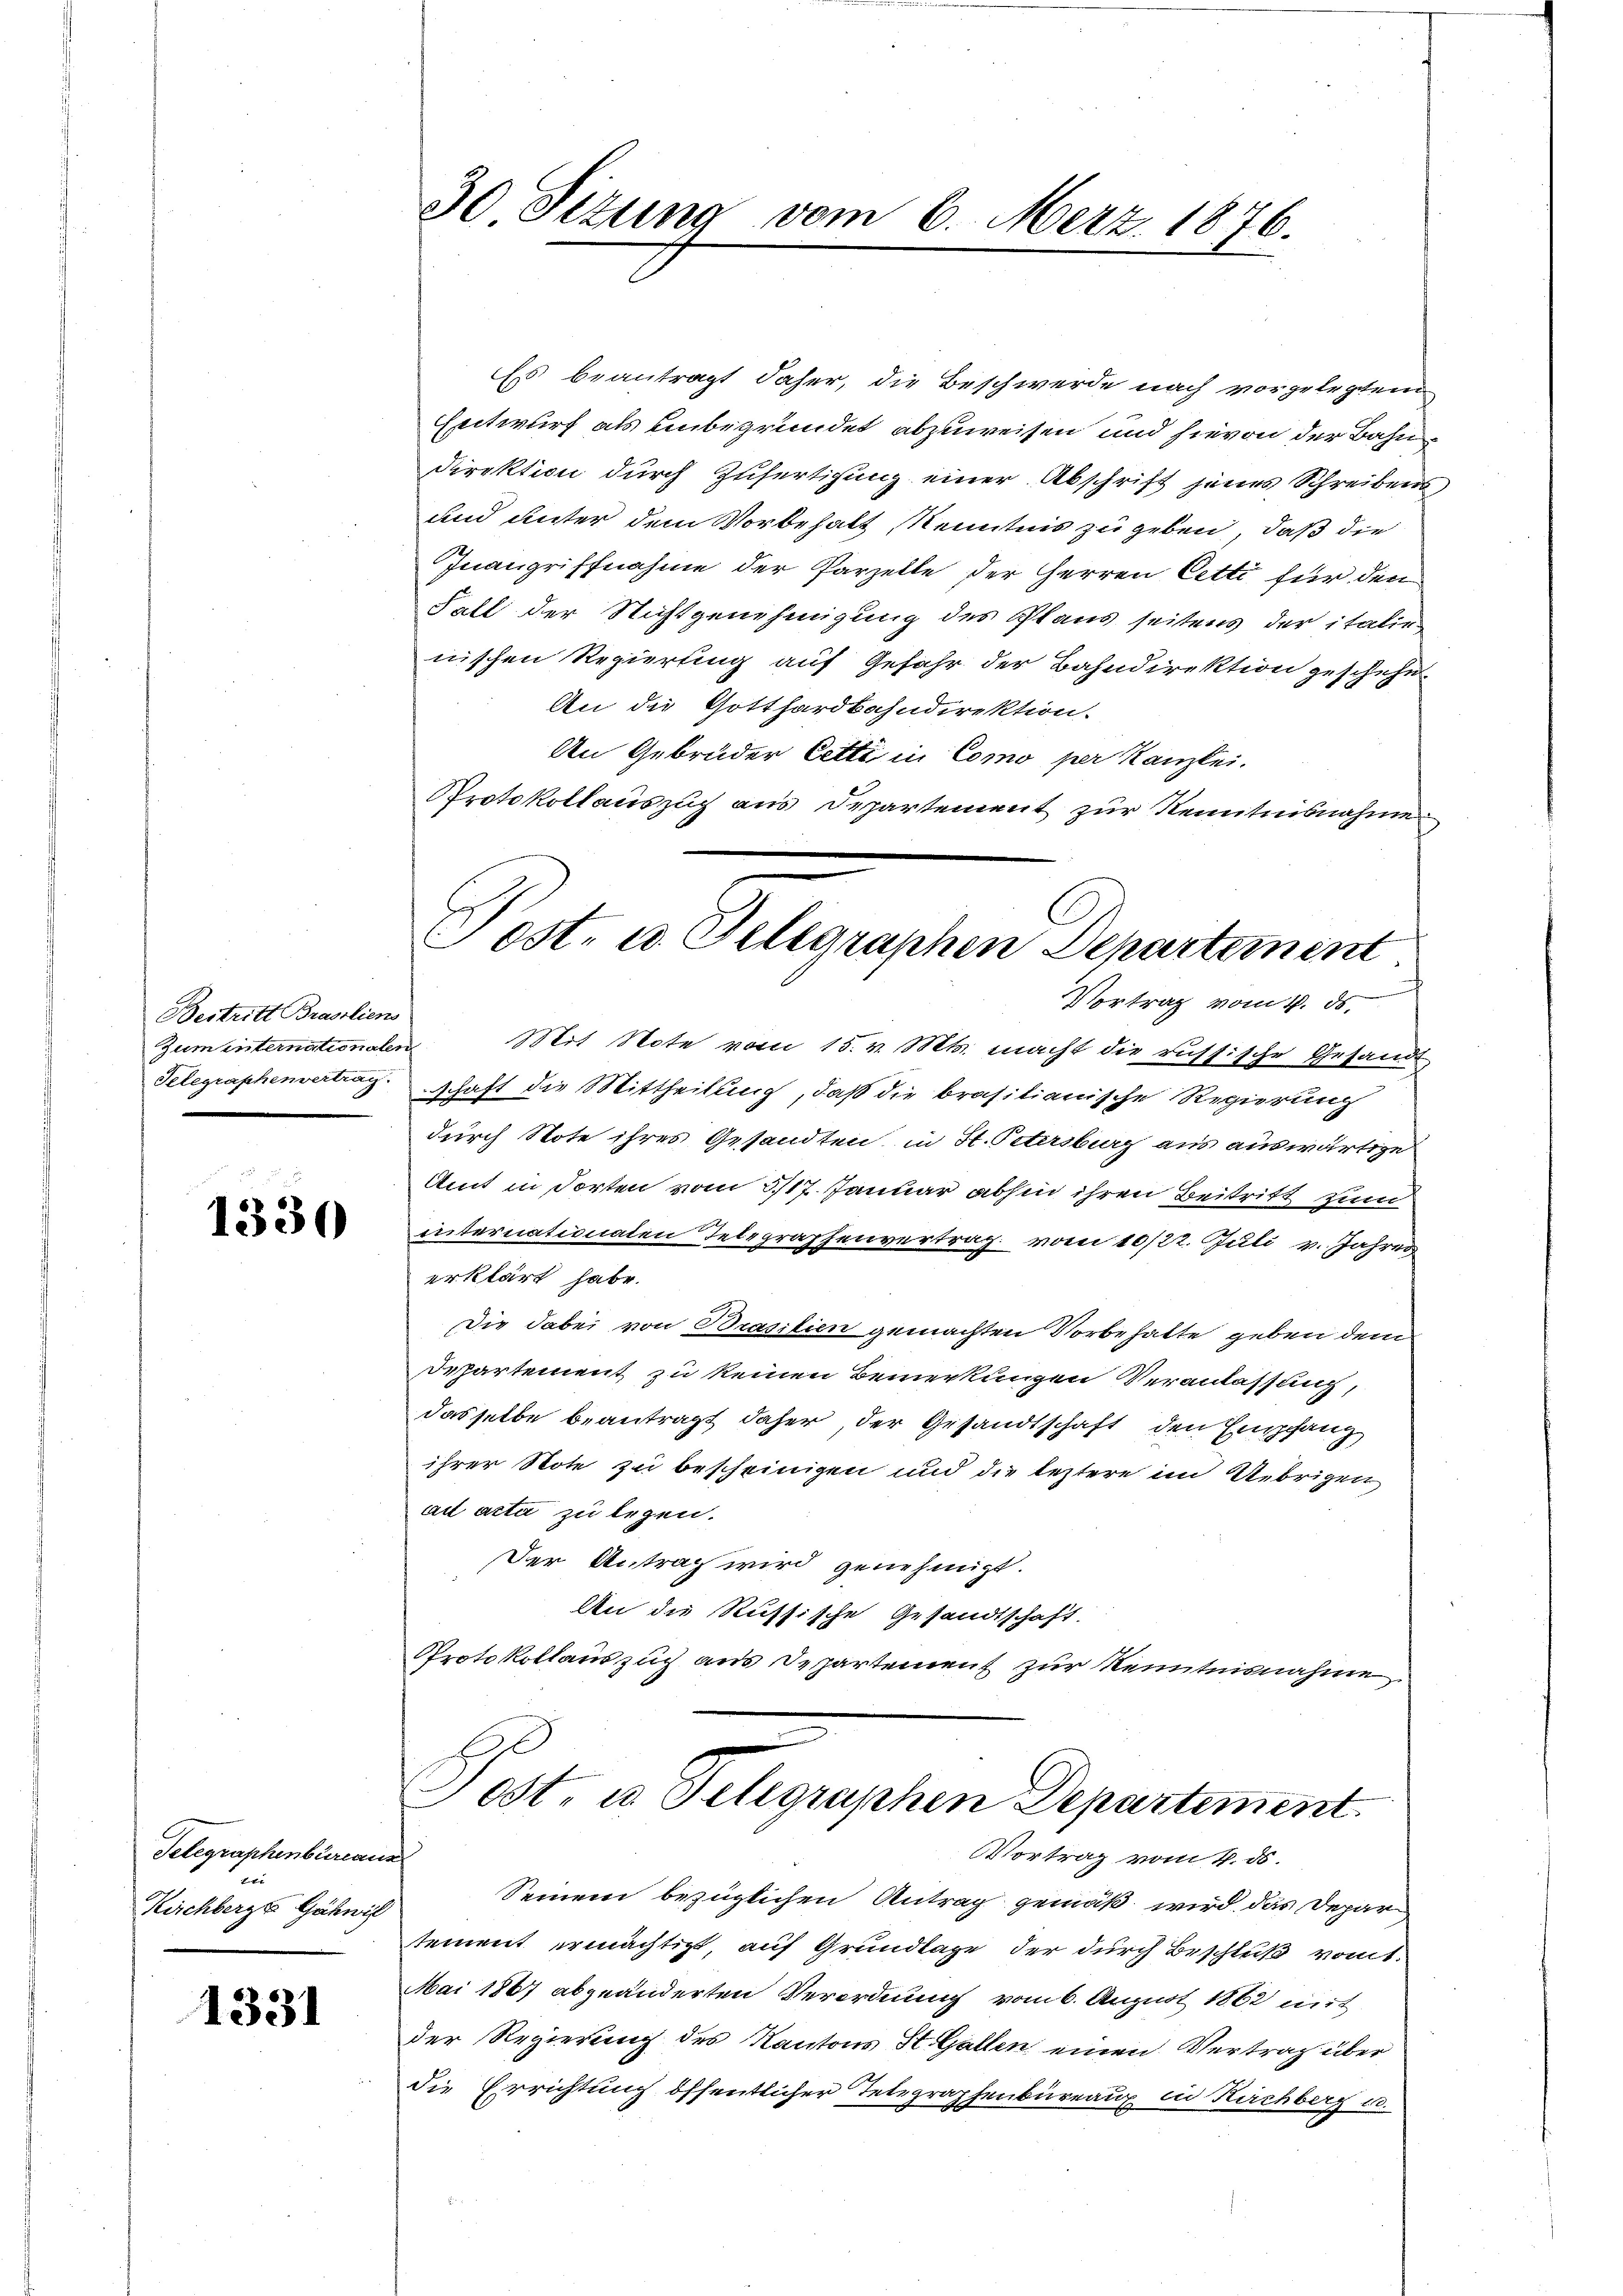
Bestritt Brasiliens
Zum internationalen
Telegraphenvertrag.

1330

Telegraphenbureaux
fxx
Kirchberg Gähwil

1331

30 Sitzung vom 6. Merz 1876.

Es beantragt daher, die Beschwerde nach vorgelegten
Entwurf als unbegründet abzuweisen und hievon der Bahn¬
Direktion durch Zufertigung einer Abschrift jenes Schreibens
und unter dem Vorbehalt Kenntnis zu geben, daß die
Inangriffnahme der Parzelle der Herren Cetti für den
Fall der Nichtgenehmigung des Plans seitens der italie
nischen Regierung auf Gefahr der Bahndirektion geschehe.
An die Gotthardbahndirektion.
An Gebrüder Cetti in Como per Kanzlei.
Protokollauszug aus Departement zur Kenntnisnahme
Mit Note vom 15. v. Mts. macht die russische Gesandt
schaft die Mittheilung, daß die brasilianische Regierung
durch Note ihres Gesandten, in St. Petersburg aus auswärtige
Amt in Torten vom 317. Januar abhin ihren Beitritt zum
internationalen Telegraphenvertrag vom 10/22. Juli v. Jahres
erklärt habe.
Die dabei von Brasilien gemachten Vorbehalte geben dem
Departement zu keinen Bemerkungen Veranlassung,
dasselbe beantragt daher, der Gesandtschaft den Empfang
ihrer Note zu bescheinigen und die leztere im Uebrigen
ad acta zu legen.
Der Antrag wird genehmigt.
An die Russische Gesandtschaft.
Protokollauszug aus Departement zur Kenntnisnahme
Post u. Telegraphen Departement
Vortrag vom 4. ds.
Seinem bezüglichen Antrag gemäß wird das Departement ermächtigt, auf Grundlage der durch Beschluß vomt.
Mai 1867 abgeänderten Verordnung vom 6. August 1862 mit
der Regierung des Kantons St. Gallen einen Vertrag über
die Errichtung öffentlicher Telegraphenbüreaux in Kirchberg u.

Post. u. Telegraphen Departement
¬
Vortrag vom 4. ds.